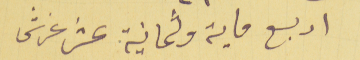
اربع ماية وثمانية عشر غرش